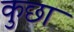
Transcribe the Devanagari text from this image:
कुछा